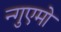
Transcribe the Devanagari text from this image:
न्गुएमो